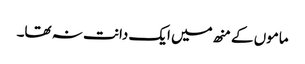
ماموں کے منھ میں ایک دانت نہ تھا۔